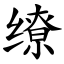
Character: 缭